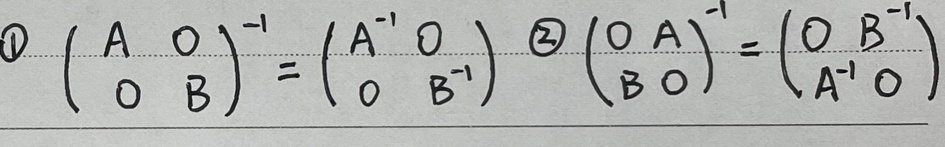
\[
\begin{matrix}
\textcircled{1} \begin{pmatrix} A & O \\ O & B \end{pmatrix}^{-1} = \begin{pmatrix} A^{-1} & O \\ O & B^{-1} \end{pmatrix} & \textcircled{2} \begin{pmatrix} O & A \\ B & O \end{pmatrix}^{-1} = \begin{pmatrix} O & B^{-1} \\ A^{-1} & O \end{pmatrix}
\end{matrix}
\]